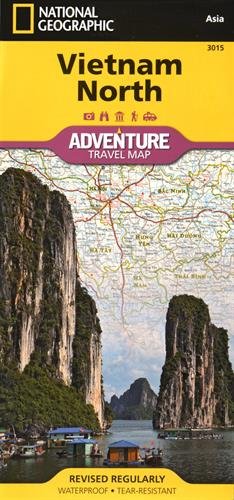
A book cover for Vietnam North (National Geographic Adventure Map); National Geographic Maps - Adventure; Travel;